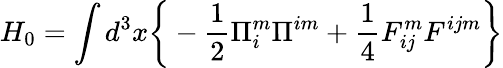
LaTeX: H_{0}=\int d^{3}x\bigg\{ -\frac{1}{2}\Pi_{i}^{m}\Pi^{im}+\frac{1}{4}F_{ij}^{m}F^{ijm}\bigg\}